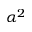
\alpha ^ { 2 }